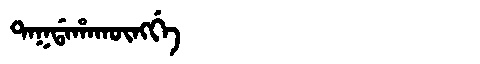
Manchu: ᡨᠠᡴᡩᠠᡥᠠᡴᡡᠩᡤᡝ
Romanization: TAKDAHAKŪNGGE